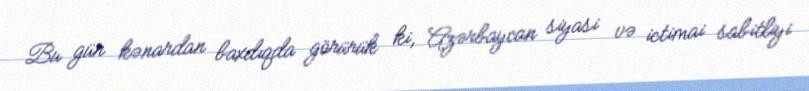
Bu gün kənardan baxdıqda görürük ki, Azərbaycan siyasi və ictimai sabitliyi